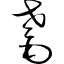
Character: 耄